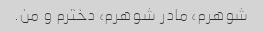
شوهرم، مادر شوهرم، دخترم و من.